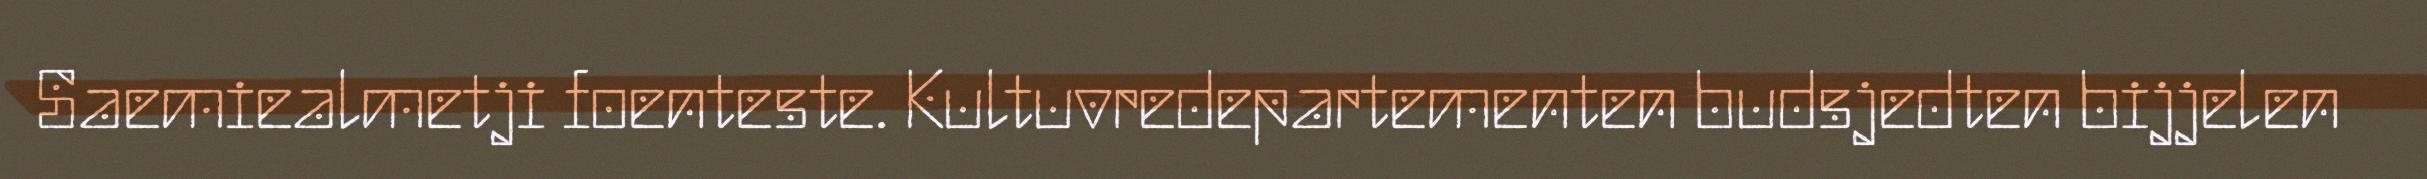
Saemiealmetji foenteste. Kultuvredepartementen budsjedten bijjelen